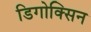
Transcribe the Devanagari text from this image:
डिगोक्सिन